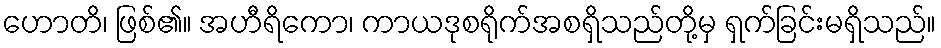
ဟောတိ၊ ဖြစ်၏။ အဟီရိကော၊ ကာယဒုစရိုက်အစရှိသည်တို့မှ ရှက်ခြင်းမရှိသည်။